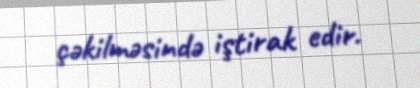
çəkilməsində iştirak edir.